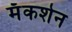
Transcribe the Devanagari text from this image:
मॅकशेन